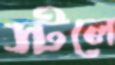
স্টলে